Scottish Leaving Certificate Examination, 1957
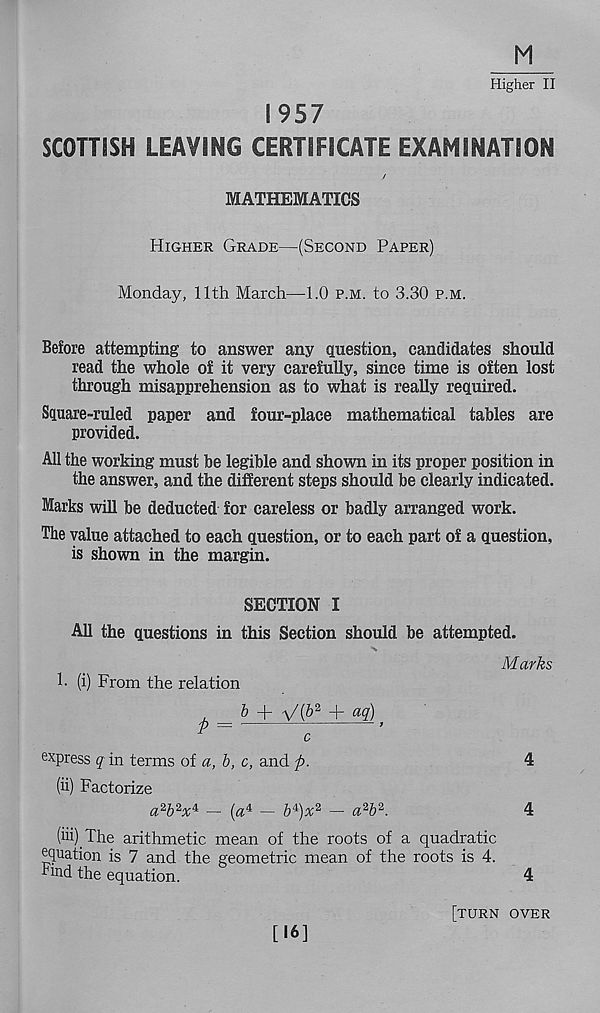
Higher II
1957
SCOTTISH LEAVING CERTIFICATE EXAMINATION
/
MATHEMATICS
Higher Grade—(Second Paper)
Monday, 11th March—1.0 p.m. to 3.30 p.m.
Before attempting to answer any question, candidates should
read the whole of it very carefully, since time is often lost
through misapprehension as to what is really required.
Square-ruled paper and four-place mathematical tables are
provided.
All the working must be legible and shown in its proper position in
the answer, and the different steps should be clearly indicated.
Marks will be deducted for careless or badly arranged work.
The value attached to each question, or to each part of a question,
is shown in the margin.
SECTION I
All the questions in this Section should be attempted.
Marks
1- (i) From the relation
L
+ vX^2 H - ac l)
* =
;
express q in terms of a, b, c, and ft.
4
(ii) Factorize
a %z x l __ ( a 4 _ £4)^2 _ a 2 & 2_
4
(iii) The arithmetic mean of the roots of a quadratic
equation is 7 and the geometric mean of the roots is 4.
find the equation.
4
[16]
[turn over